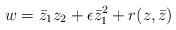
LaTeX: \begin{align*}w = \bar{z}_1 z_2 + \epsilon \bar{z}_1^2 + r(z,\bar{z})\end{align*}